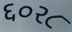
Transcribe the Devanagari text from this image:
६०२८